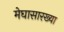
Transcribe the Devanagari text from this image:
मेघासारख्या